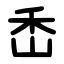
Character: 㟀